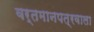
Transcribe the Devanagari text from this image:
वर्तमानपत्रवाला